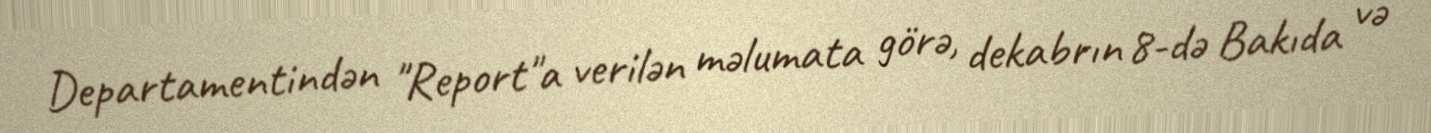
Departamentindən "Report"a verilən məlumata görə, dekabrın 8-də Bakıda və